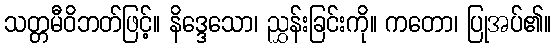
သတ္တမီဝိဘတ်ဖြင့်။ နိဒ္ဒေသော၊ ညွှန်းခြင်းကို။ ကတော၊ ပြုအပ်၏။